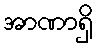
အာဏာရှိ